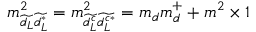
m _ { \widetilde { d _ { L } } \widetilde { d _ { L } ^ { * } } } ^ { 2 } = m _ { \widetilde { d _ { L } ^ { c } } \widetilde { d _ { L } ^ { c * } } } ^ { 2 } = m _ { d } m _ { d } ^ { + } + m ^ { 2 } \times 1